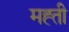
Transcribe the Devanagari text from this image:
मह्ती